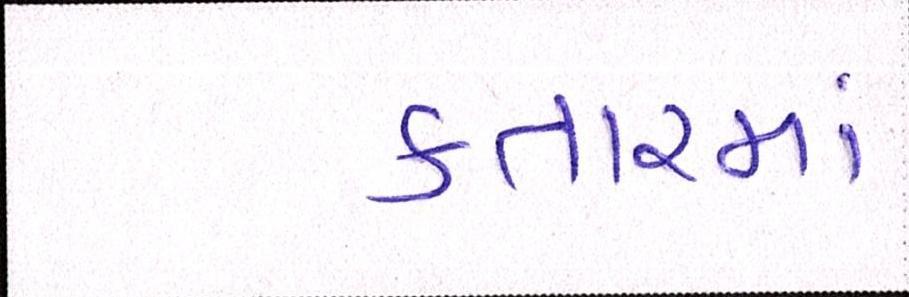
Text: કતારમાં